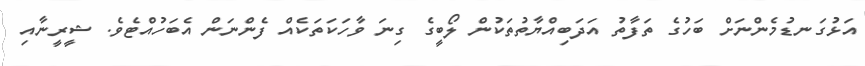
އަޅުގަނޑުމެންނަށް ބަހުގެ ތަފާތު އަދަބިއްޔާތުތަކުން ލޯބީގެ ގިނަ ވާހަކަތަކެއް ފެންނަން އެބަހުއްޓެވެ. ޝީރީނާއި